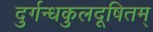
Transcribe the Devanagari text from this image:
दुर्गन्धकुलदूषितम्